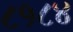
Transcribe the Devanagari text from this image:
८१८४